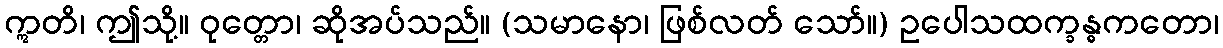
ဣတိ၊ ဤသို့။ ဝုတ္တော၊ ဆိုအပ်သည်။ (သမာနော၊ ဖြစ်လတ် သော်။) ဥပေါသထက္ခန္ဓကတော၊